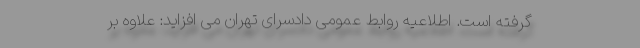
گرفته است. اطلاعیه روابط عمومی دادسرای تهران می افزاید: علاوه بر